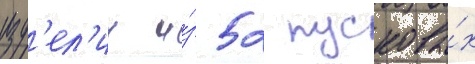
изд'ел'ии и́з 52 пусковы́х